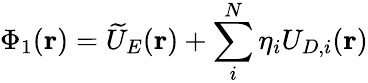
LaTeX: \Phi_{1}(\mathbf{r})=\widetilde{U}_{E}(\mathbf{r})+\sum_{i}^{N}\eta_{i}U_{D,i}(\mathbf{r})